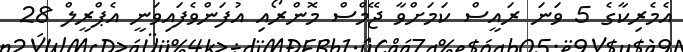
އެމެރިކާގެ 5 ވަނަ ރައީސް ކަމަށްވާ ޖޭމްސް މޮންރޯއި އުފަންވެފައިވަނީ އެޕްރީލް 28